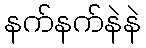
နက်နက်နဲနဲ